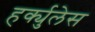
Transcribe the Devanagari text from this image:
हर्क्युलेस